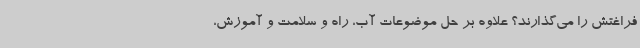
فراغتش را می‌گذارند؟ علاوه بر حل موضوعات آب، راه و سلامت و آموزش،